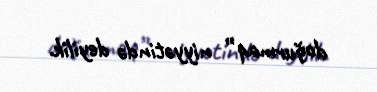
doğurmaq” niyyətində deyilik.